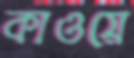
কাওয়ে